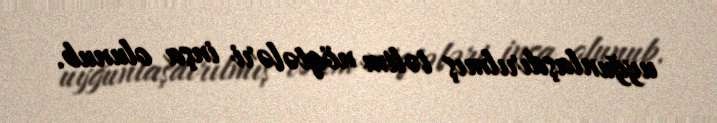
uyğunlaşdırılmış təlim nöqtələri inşa olunub.